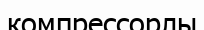
компрессорлы